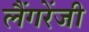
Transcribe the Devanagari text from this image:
लैंगरेंजी